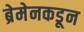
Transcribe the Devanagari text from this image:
ब्रेमेनकडून